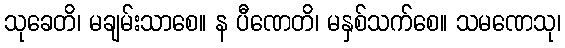
သုခေတိ၊ မချမ်းသာစေ။ န ပီဏေတိ၊ မနှစ်သက်စေ။ သမဏေသု၊